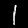
Label: 1